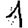
Digit: 1